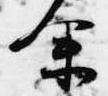
余